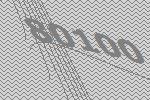
80100